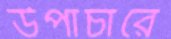
উপাচারে